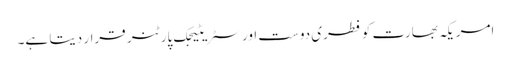
امریکہ بھارت کو فطری دوست اور سٹریٹیجک پارٹنر قرار دیتا ہے۔